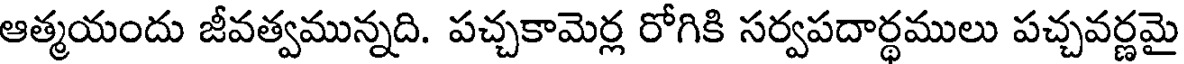
ఆత్మయందు జీవత్వమున్నది. పచ్చకామెర్ల రోగికి సర్వపదార్థములు పచ్చవర్ణమై